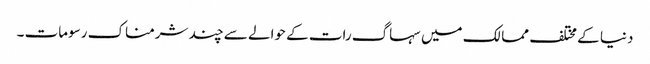
دنیا کے مختلف ممالک میں سہاگ رات کے حوالے سے چند شرمناک رسومات ۔